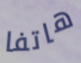
هاتفا